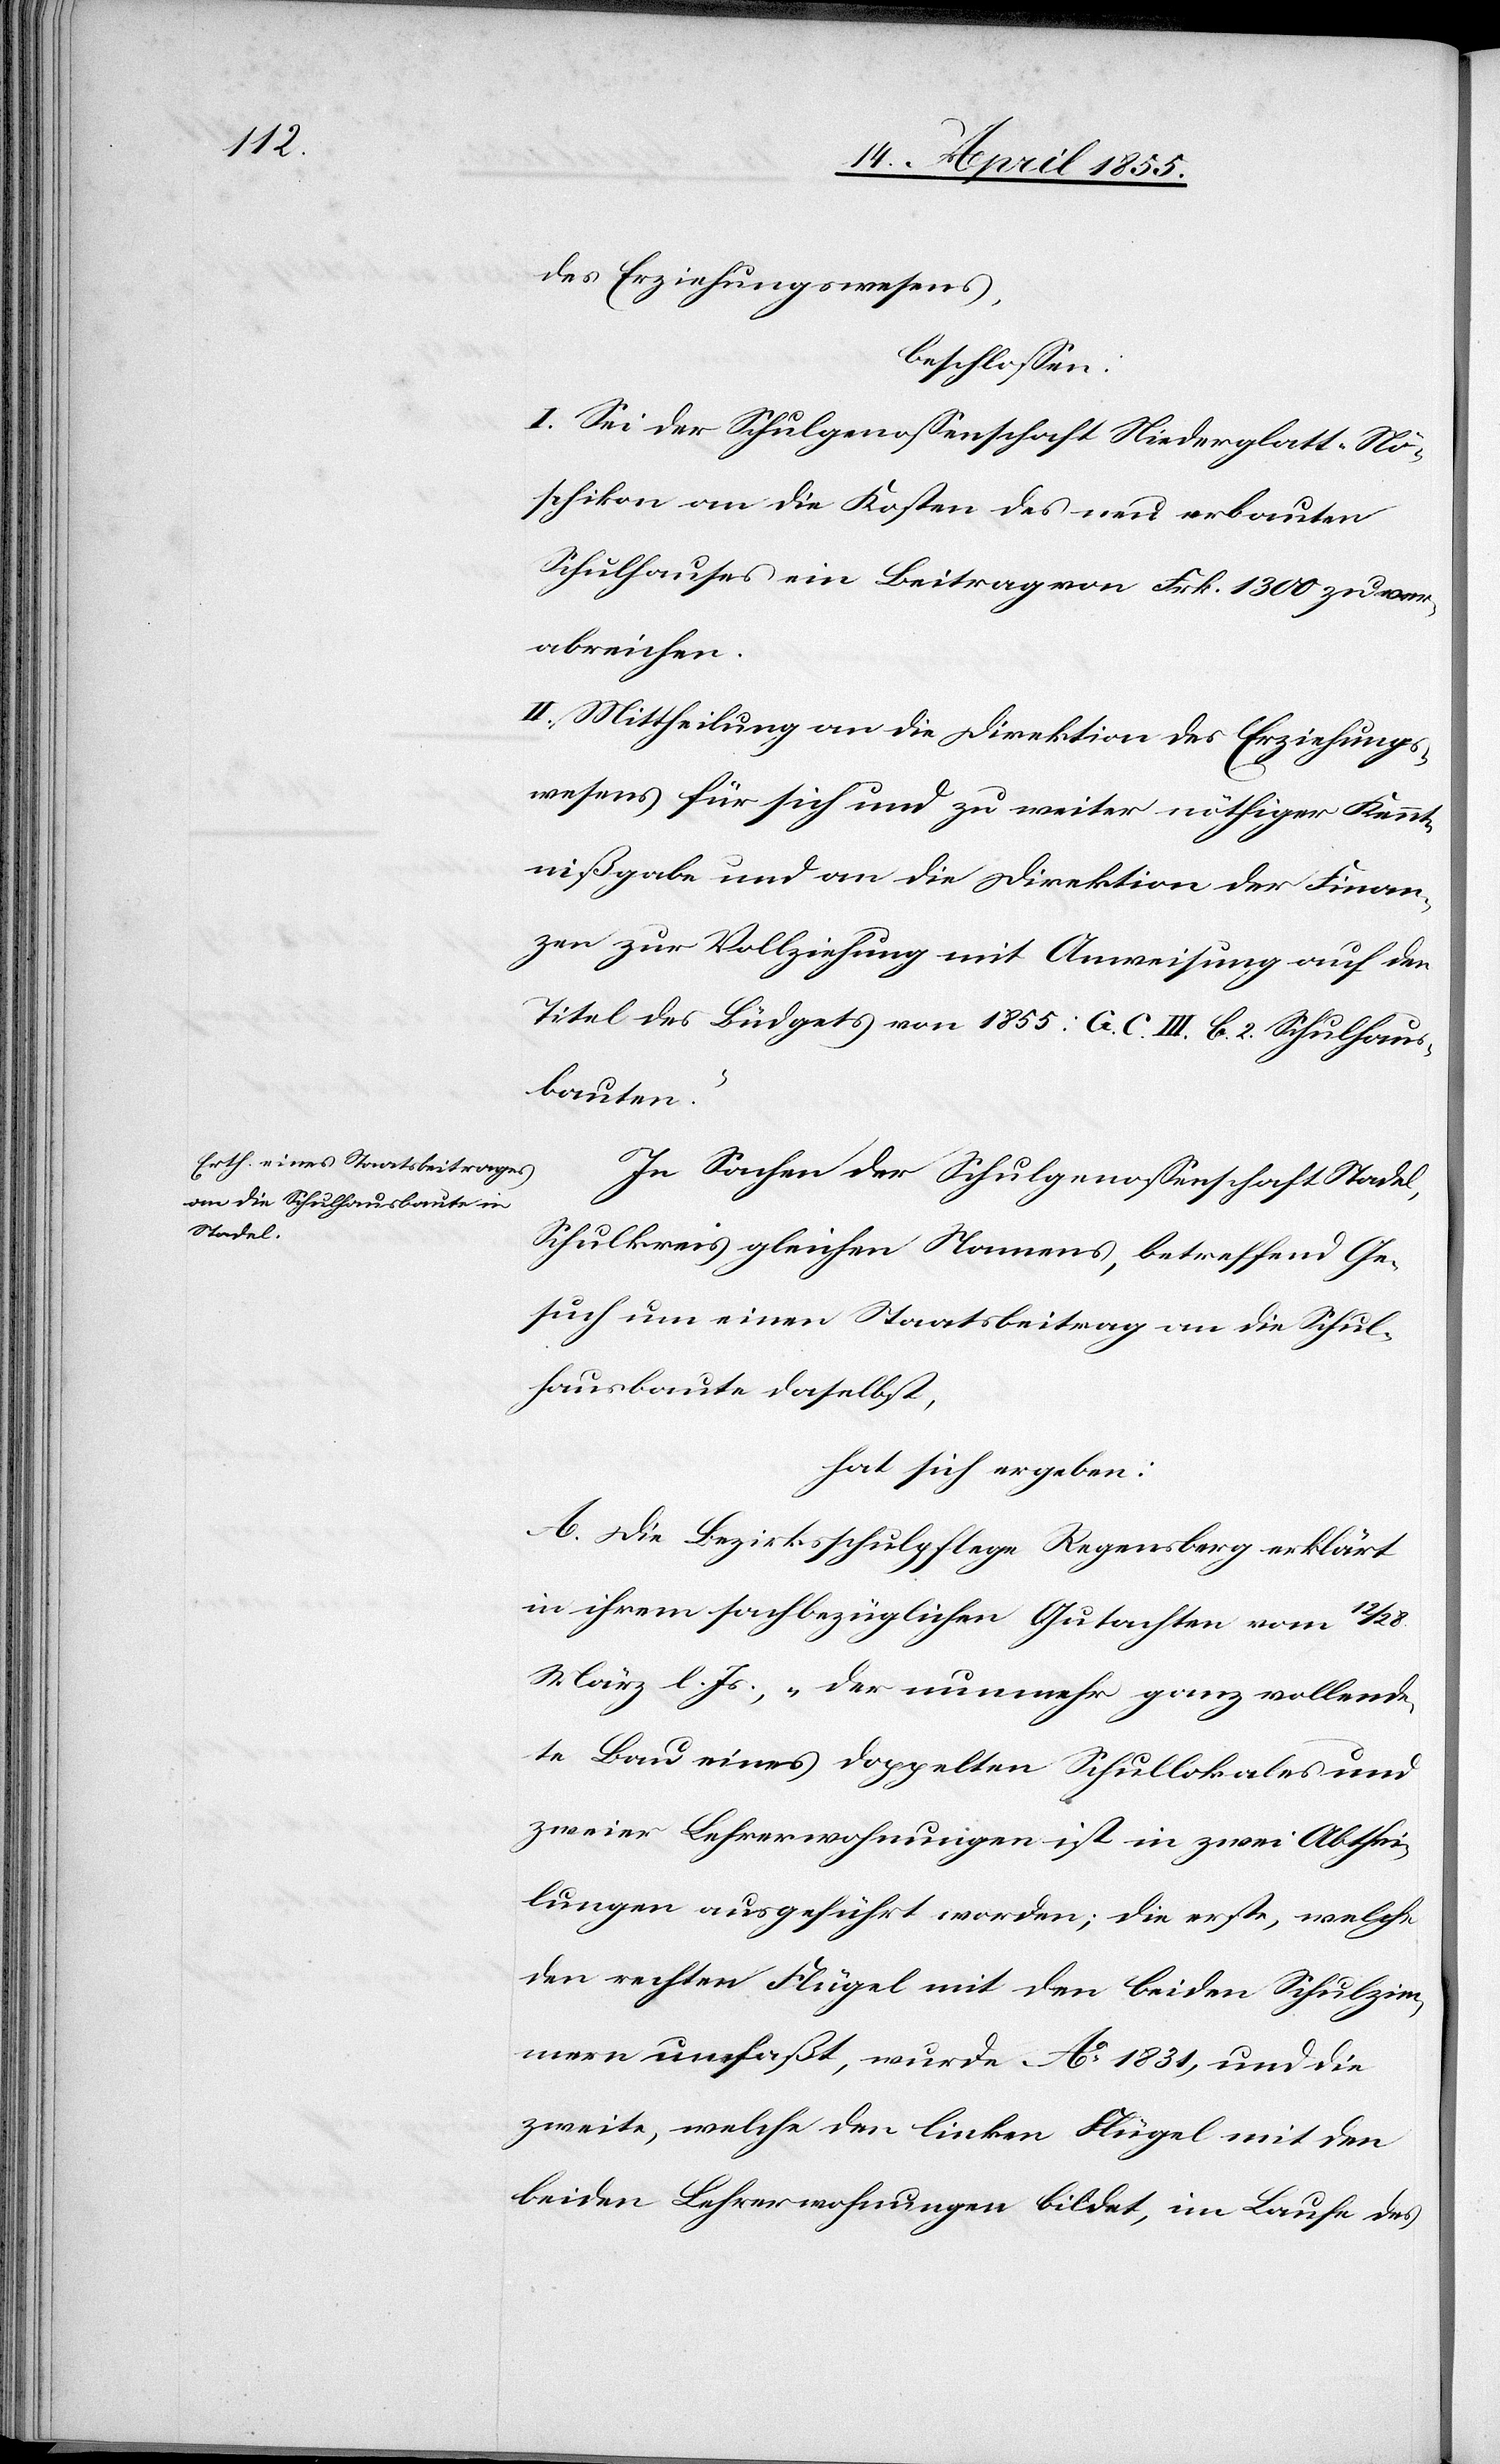
28.

des Erziehungswesens,
beschlossen:
I. Sei der Schulgenossenschaft Niederglatt-Nö¬
schikon an die Kosten des neu erbauten
Schulhauses ein Beitrag von Frk. 1300 zu ver¬
abreichen.
II. Mittheilung an die Direktion des Erziehungs¬
wesens für sich und zu weiter nöthiger Kennt¬
nißgabe und an die Direktion der Finan¬
zen zur Vollziehung mit Anweisung auf den
Titel des Büdgets von 1855: [„]G. C. III. b. 2. Schulhaus¬
bauten“.
In Sachen der Schulgenossenschaft Stadel,
Schulkreis gleichen Namens, betreffend Ge¬
such um einen Staatsbeitrag an die Schul¬
hausbaute daselbst,
hat sich ergeben:
A. Die Bezirksschulpflege Regensberg erklärt
in ihrem sachbezüglichen Gutachten vom 12
März l. Js., „der nunmehr ganz vollende¬
te Bau eines doppelten Schullokales und
zweier Lehrerwohnungen ist in zwei Abthei¬
lungen ausgeführt worden; die erste, welche
den rechten Flügel mit den beiden Schulzim¬
mern umfaßt, wurde Ao 1831, und die
zweite, welche den linken Flügel mit den
beiden Lehrerwohnungen bildet, im Laufe des